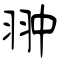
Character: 翀